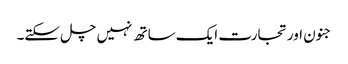
جنون اورتجارت ایک ساتھ نہیں چل سکتے۔